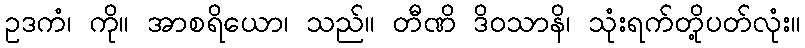
ဥဒကံ၊ ကို။ အာစရိယော၊ သည်။ တီဏိ ဒိဝသာနိ၊ သုံးရက်တို့ပတ်လုံး။